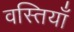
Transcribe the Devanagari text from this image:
वस्तियाँ